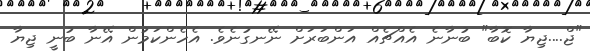
"ޖް....ޖިޔާ ކޮބާ" ބުނާނެ އެއްޗެއް އަންބަރަށް ނޭނގުނެވެ. އެހެންކަމުން އޭނާ ބުނީ ޖިޔާ